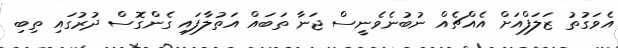
އެވަގުތު ޒަލަފްއަށް އެއްޗެއް ނުބުނެވެނީސް ޖަނާ ތަބައް އަތުލާފައި ގެންގޮސް ދުރުގައި ތިބި